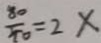
\frac { 8 0 } { 4 0 } = 2 x